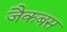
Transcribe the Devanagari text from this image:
जैकबस